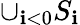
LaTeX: \cup_{\mathbf{i}<0}S_{\mathbf{i}}